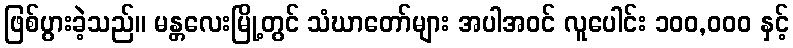
ဖြစ်ပွားခဲ့သည်။ မန္တလေးမြို့တွင် သံဃာတော်များ အပါအဝင် လူပေါင်း ၁၀၀,၀၀၀ နှင့်